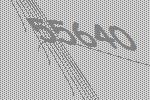
55640